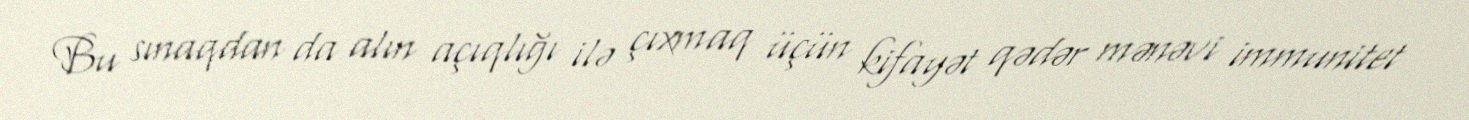
Bu sınaqdan da alın açıqlığı ilə çıxmaq üçün kifayət qədər mənəvi immunitet